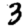
Digit: 3